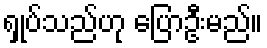
ရှုပ်သည်ဟု ပြောဦးမည်။